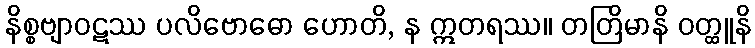
နိစ္စဗျာဝဋဿ ပလိဗောဓော ဟောတိ, န ဣတရဿ။ တတြိမာနိ ဝတ္ထူနိ